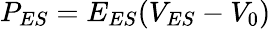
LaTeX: P_{ES}=E_{ES}(V_{ES}-V_{0})